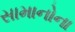
સામાનોના